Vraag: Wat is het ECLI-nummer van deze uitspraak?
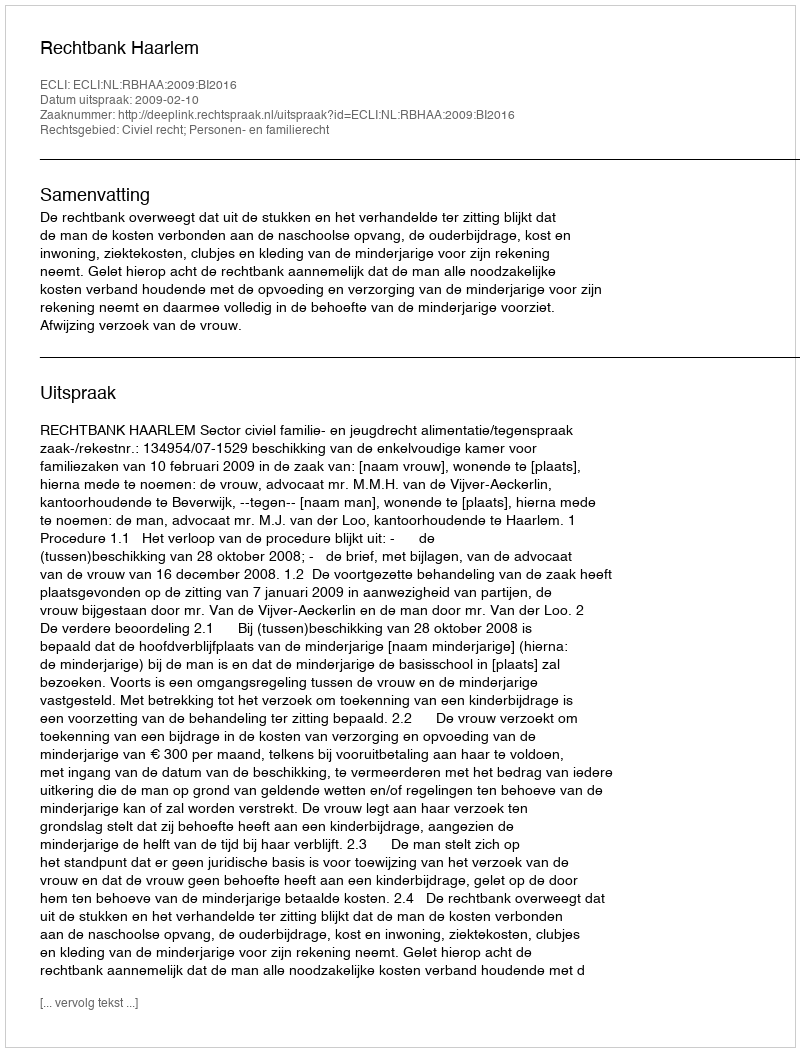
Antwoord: ECLI:NL:RBHAA:2009:BI2016